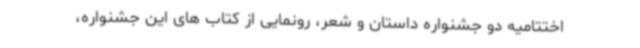
اختتامیه دو جشنواره داستان و شعر، رونمایی از کتاب های این جشنواره،